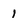
Character: 1